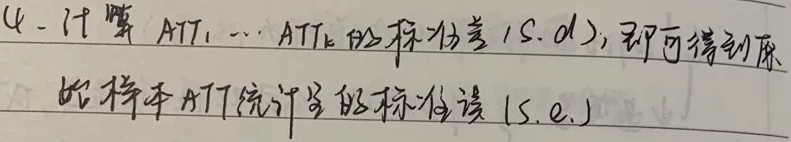
4. 计算$ATT_1,\cdots,ATT_k$的标准差(s.d)，即可得到原始样本ATT统计量的标准误(s.e.)